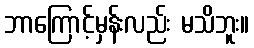
ဘာကြောင့်မှန်းလည်း မသိဘူး။